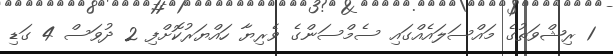
1 ރިޝްވަތުގެ މައްސަލައެއްގައި ސެމްސަންގެ ވެރިޔާ ހައްޔަރުކޮށްފި 2 ދުވަސް 4 ގަޑި